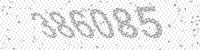
Solution: 386085